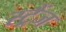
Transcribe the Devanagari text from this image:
स्ट्रैंज